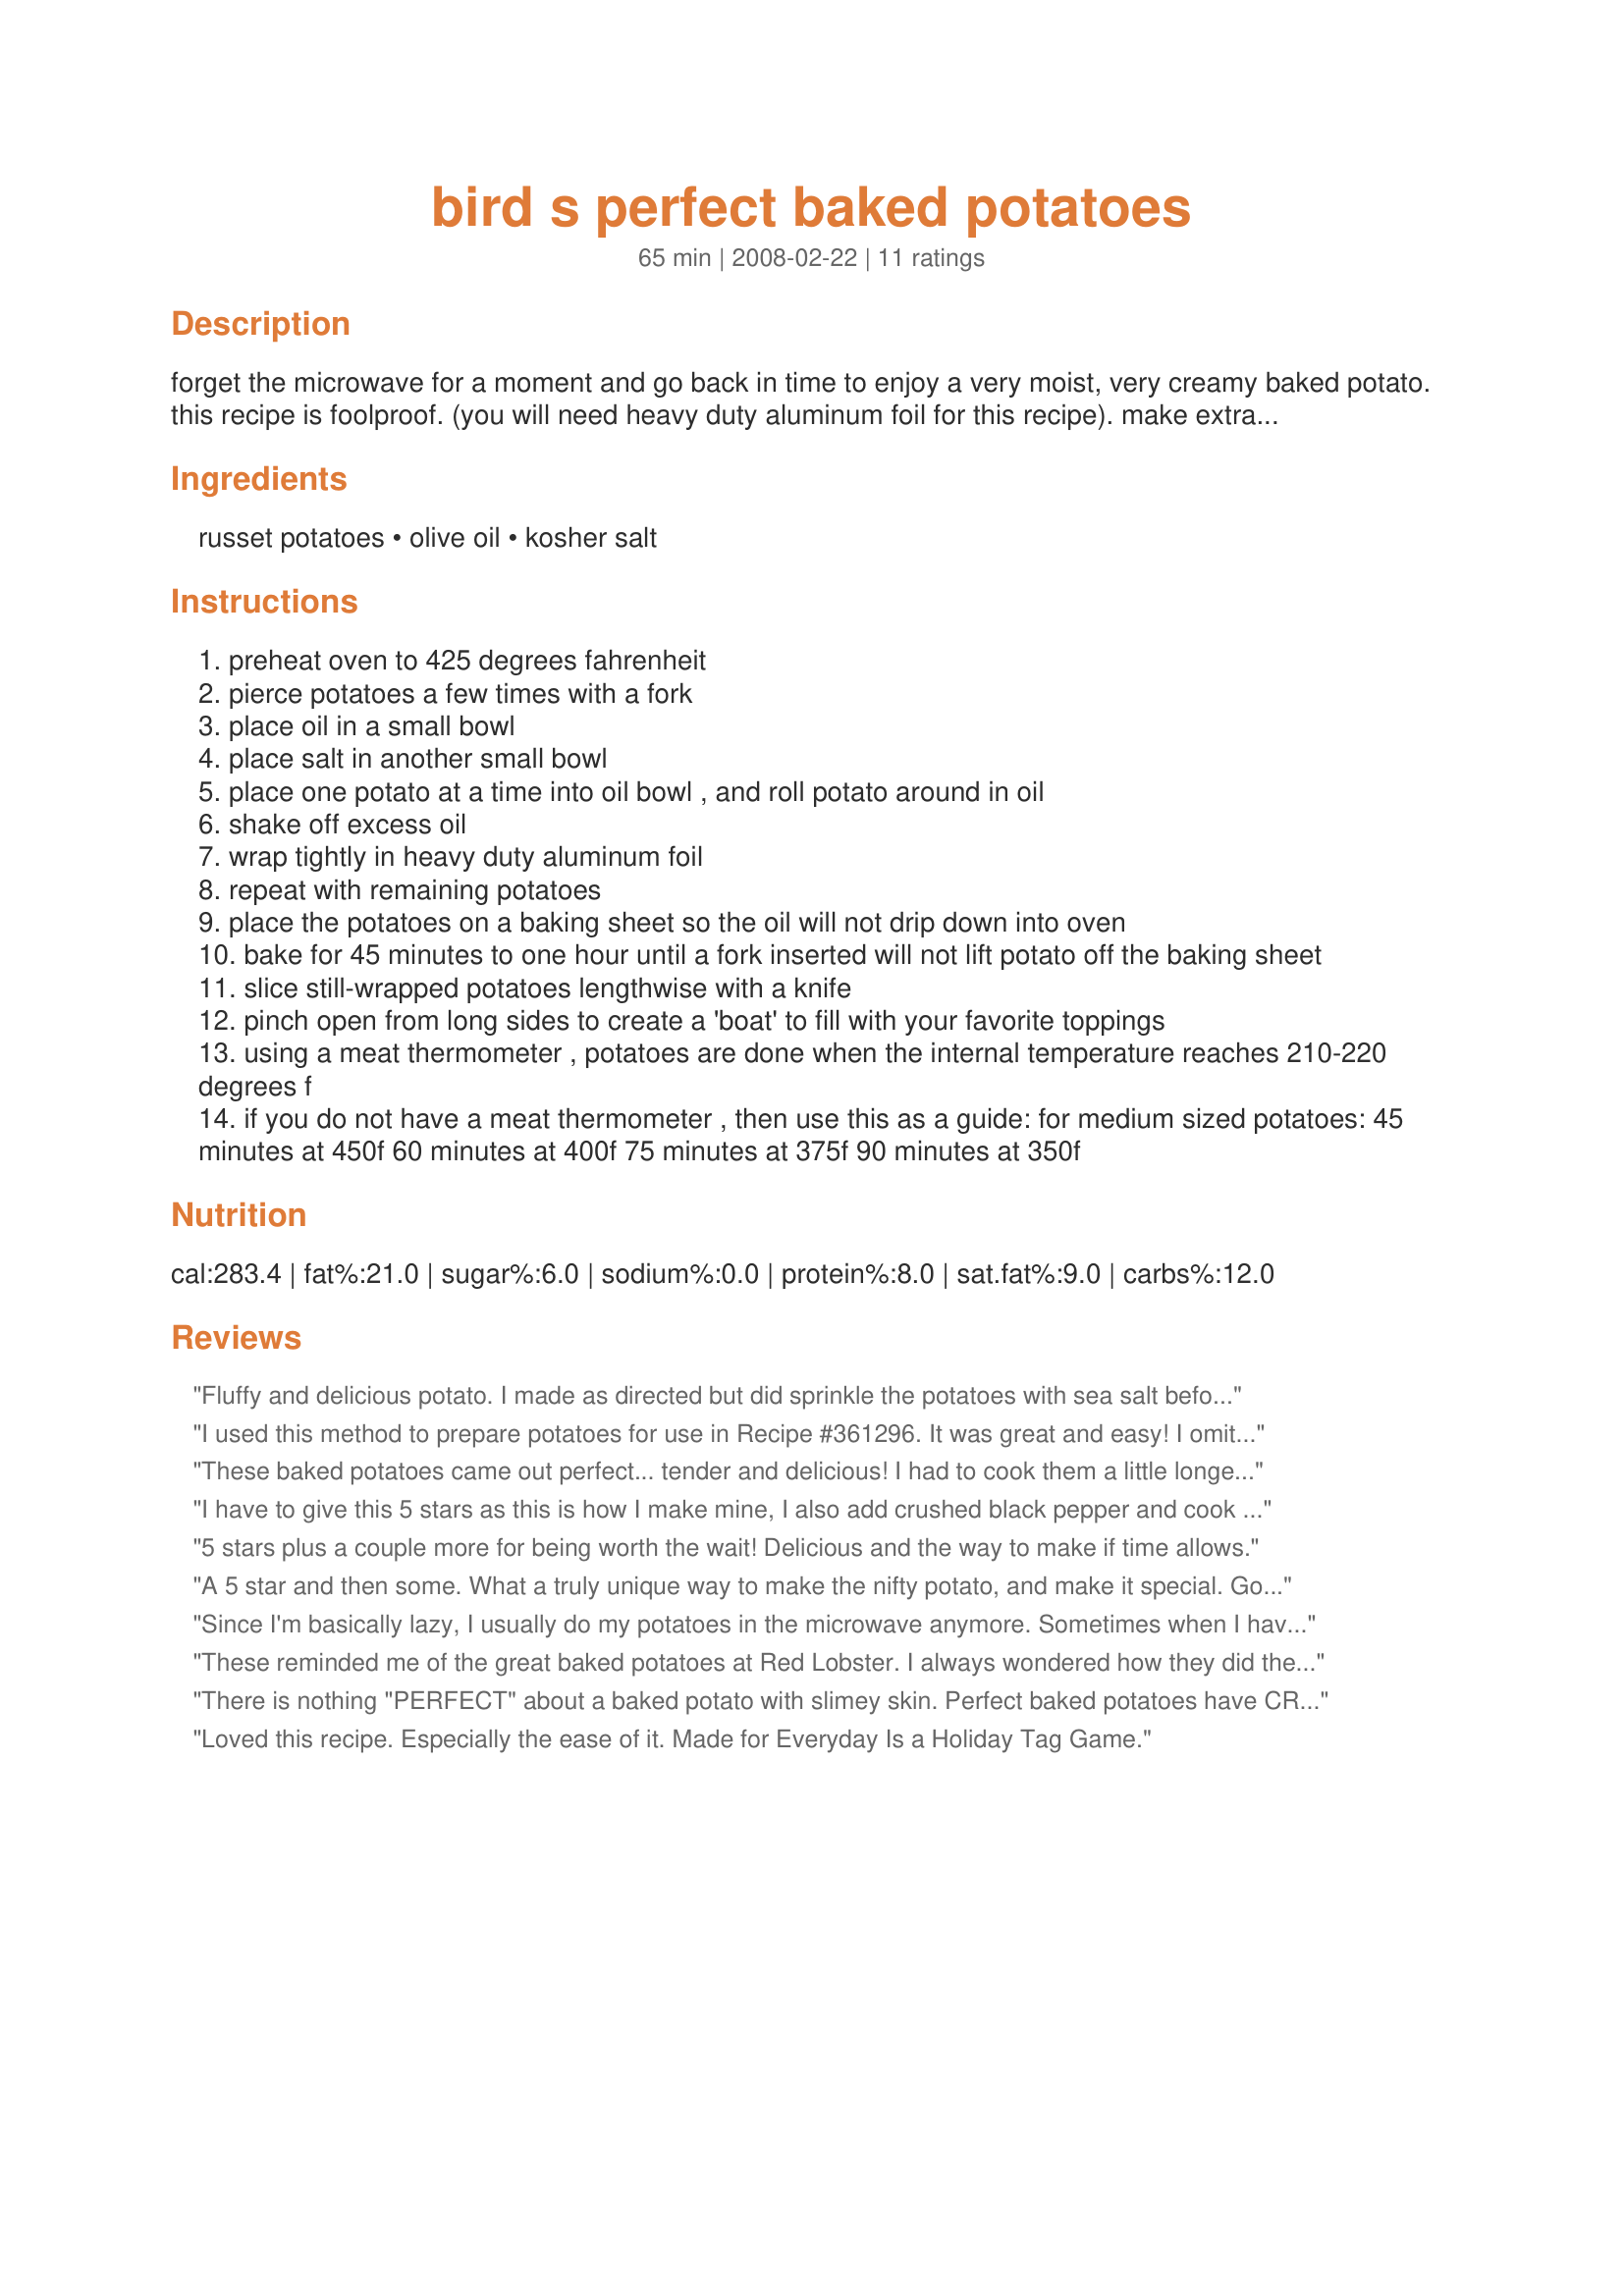
bird s perfect baked potatoes
Preparation time: 65 minutes

forget the microwave for a moment and go back in time to enjoy a very moist, very creamy baked potato. this recipe is foolproof. (you will need heavy duty aluminum foil for this recipe). make extra for recipe #287747 for tomorrow's breakfast! :)

Ingredients:
russet potatoes, olive oil, kosher salt

Steps:
preheat oven to 425 degrees fahrenheit
pierce potatoes a few times with a fork
place oil in a small bowl
place salt in another small bowl
place one potato at a time into oil bowl , and roll potato around in oil
shake off excess oil
wrap tightly in heavy duty aluminum foil
repeat with remaining potatoes
place the potatoes on a baking sheet so the oil will not drip down into oven
bake for 45 minutes to one hour until a fork inserted will not lift potato off the baking sheet
slice still-wrapped potatoes lengthwise with a knife
pinch open from long sides to create a 'boat' to fill with your favorite toppings
using a meat thermometer , potatoes are done when the internal temperature reaches 210-220 degrees f
if you do not have a meat thermometer , then use this as a guide: for medium sized potatoes: 45 minutes at 450f 60 minutes at 400f 75 minutes at 375f 90 minutes at 350f

Reviews:
Fluffy and delicious potato. I made as directed but did sprinkle the potatoes with sea salt before rolling in foil. Mine baked in one hour and I used canola oil. This is a great baked potato! Made for The Best of 2008 Cookbook Swap.
I used this method to prepare potatoes for use in Recipe #361296. It was great and easy! I omitted the salt. Thanks for sharing!
These baked potatoes came out perfect... tender and delicious! I had to cook them a little longer - about 1 hr - but other than that followed the recipe exactly. Would be very easy to prep and cook earlier in the day and then just pop them in the oven to warm before dinner... or even toss them on the grill for a barbecue! Thanks for an easy classic to add to my stand-by recipes!
I have to give this 5 stars as this is how I make mine, I also add crushed black pepper and cook for an hour to hour and a half depending on the size of the potatoes. Excellent!
5 stars plus a couple more for being worth the wait! Delicious and the way to make if time allows.
A 5 star and then some. What a truly unique way to make the nifty potato, and make it special. Gosh you sure couldn't ask for anything easier or in fact; tastier. I used my above the stove convection oven and put these in for exactly 47 minutes @ 400. Still have a outstanding taste and just so good, I will be making this from now on. Thank you! Made for *Spring Spectacular* April 2008
Since I'm basically lazy, I usually do my potatoes in the microwave anymore. Sometimes when I have time, I actually do them the old fashioned way in the oven. I love kosher salt and love recipes where I can use it. This was a simple recipe with simple directions and great results. Thanks 2Bleu for a nice keeper. Made for Cookbook Tag.
These reminded me of the great baked potatoes at Red Lobster. I always wondered how they did them. We did add the salt. We had these with steak and broccoli and my DD said what a great dinner!!!! Made for PARTY Dec 2009.
There is nothing "PERFECT" about a baked potato with slimey skin. Perfect baked potatoes have CRISP skin.
Loved this recipe. Especially the ease of it. Made for Everyday Is a Holiday Tag Game.
I used a good quality portuguese olive oil to rub these with and what a surprise! ...usually don't make my baked potatoes with foil at all, prefering a crunchy outside skin and a soft fluffy inside to my baked potatoes. I therefore was interested to see if I would like these and I have to admit that they did take me by surprise, they were really soft and decidedly yummy indeed. My biggest problem was that even though I bought potatoes that specified that they were for baking, that they still took 1 hour 20 minutes to cook though.. the longest I have ever had to bake a potato .. ever ! On the other hand, they were worth waiting for and my vegetarian guest said at first "only one for me please" and then demolished another one happily afterwards so they indeed hit the spot. I topped mine simply with sour cream and chives/spring onions and look forward to having this recipe as a change sometimes to my usual crunchier favourites. Please see my rating system: an excellent 5 stars for a simple and very tasty recipe for very little effort indeed. Thanks !!!
